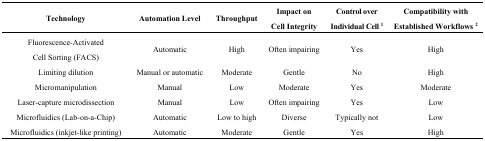
| Technology | Automation Level | Throughput | Impact on Cell Integrity | Control over Individual Cell 1 | Compatibility with Established Workflows 2 |
 | --- | --- | --- | --- | --- | --- |
 | Fluorescence-Activated Cell Sorting (FACS) | Automatic | High | Often impairing | Yes | High |
 | Limiting dilution | Manual or automatic | Moderate | Gentle | No | High |
 | Micromanipulation | Manual | Low | Moderate | Yes | Moderate |
 | Laser-capture microdissection | Manual | Low | Often impairing | Yes | Low |
 | Microfluidics (Lab-on-a-Chip) | Automatic | Low to high | Diverse | Typically not | Low |
 | Microfluidics (inkjet-like printing) | Automatic | Moderate | Gentle | Yes | High |